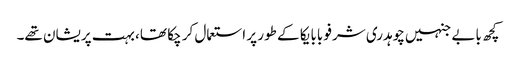
کچھ بابے جنہیں چوہدری شرفو بابا یکا کے طور پر استعمال کر چکا تھا، بہت پریشان تھے۔